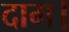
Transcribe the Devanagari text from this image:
दाम।